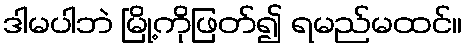
ဒါမပါဘဲ မြို့ကိုဖြတ်၍ ရမည်မထင်။